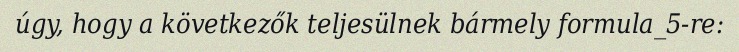
úgy, hogy a következők teljesülnek bármely formula_5-re: